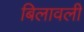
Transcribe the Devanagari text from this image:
बिलावली